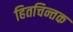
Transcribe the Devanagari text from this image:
हितचिन्तक